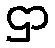
ဌာ